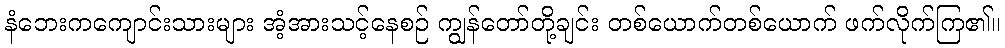
နံဘေးကကျောင်းသားများ အံ့အားသင့်နေစဉ် ကျွန်တော်တို့ချင်း တစ်ယောက်တစ်ယောက် ဖက်လိုက်ကြ၏။